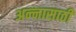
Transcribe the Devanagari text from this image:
अन्‍नासाठी